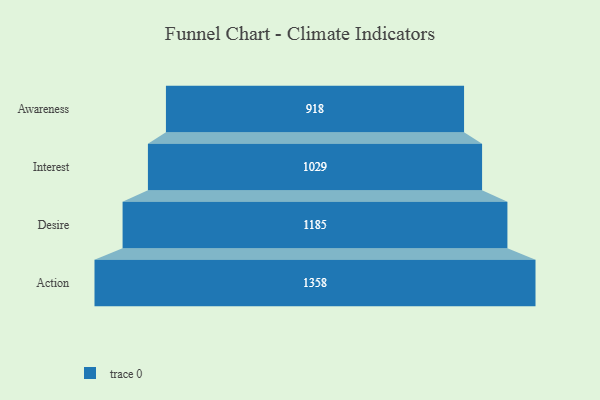
{"axis": {"x": "Stage", "y": "Value"}, "legend": [""], "data": [{"x": "Awareness", "y": 918.0, "type": ""}, {"x": "Interest", "y": 1029.0, "type": ""}, {"x": "Desire", "y": 1185.0, "type": ""}, {"x": "Action", "y": 1358.0, "type": ""}]}